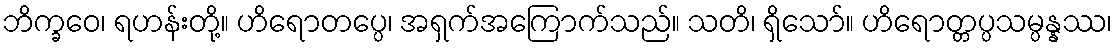
ဘိက္ခဝေ၊ ရဟန်းတို့။ ဟိရောတပ္ပေ၊ အရှက်အကြောက်သည်။ သတိ၊ ရှိသော်။ ဟိရောတ္တပ္ပသမ္ပန္နဿ၊